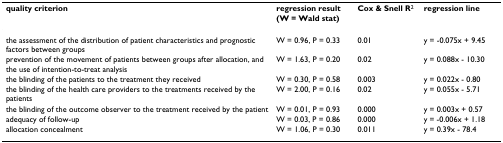
<table><thead><tr><td><b>quality criterion</b></td><td><b>regression result(W = Wald stat)</b></td><td><b>Cox &amp; Snell R<sup>2</sup></b></td><td><b>regression line</b></td></tr></thead><tbody><tr><td>the assessment of the distribution of patient characteristics and prognostic factors between groups</td><td>W = 0.96, P = 0.33</td><td>0.01</td><td>y = -0.075x + 9.45</td></tr><tr><td>prevention of the movement of patients between groups after allocation, and the use of intention-to-treat analysis</td><td>W = 1.63, P = 0.20</td><td>0.02</td><td>y = 0.088x - 10.30</td></tr><tr><td>the blinding of the patients to the treatment they received</td><td>W = 0.30, P = 0.58</td><td>0.003</td><td>y = 0.022x - 0.80</td></tr><tr><td>the blinding of the health care providers to the treatments received by the patients</td><td>W = 2.00, P = 0.16</td><td>0.02</td><td>y = 0.055x - 5.71</td></tr><tr><td>the blinding of the outcome observer to the treatment received by the patient</td><td>W = 0.01, P = 0.93</td><td>0.000</td><td>y = 0.003x + 0.57</td></tr><tr><td>adequacy of follow-up</td><td>W = 0.03, P = 0.86</td><td>0.000</td><td>y = -0.006x + 1.18</td></tr><tr><td>allocation concealment</td><td>W = 1.06, P = 0.30</td><td>0.011</td><td>y = 0.39x - 78.4</td></tr></tbody></table>